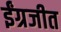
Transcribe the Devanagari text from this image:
ईंग्रजीत